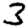
Digit: 3